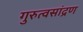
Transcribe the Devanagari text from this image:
गुरुत्वसांद्रण